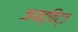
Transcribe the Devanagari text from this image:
जयद्विट्ठ